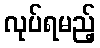
လုပ်ရမည့်